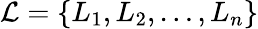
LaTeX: {\cal L}=\{ L_{1},L_{2},\ldots,L_{n}\}